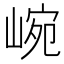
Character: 𡸥